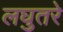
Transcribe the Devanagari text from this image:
लघुतरे